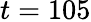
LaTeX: t=105